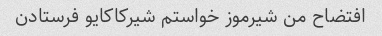
افتضاح من شیرموز خواستم شیرکاکایو فرستادن